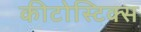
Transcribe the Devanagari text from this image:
कीटोस्टिक्स